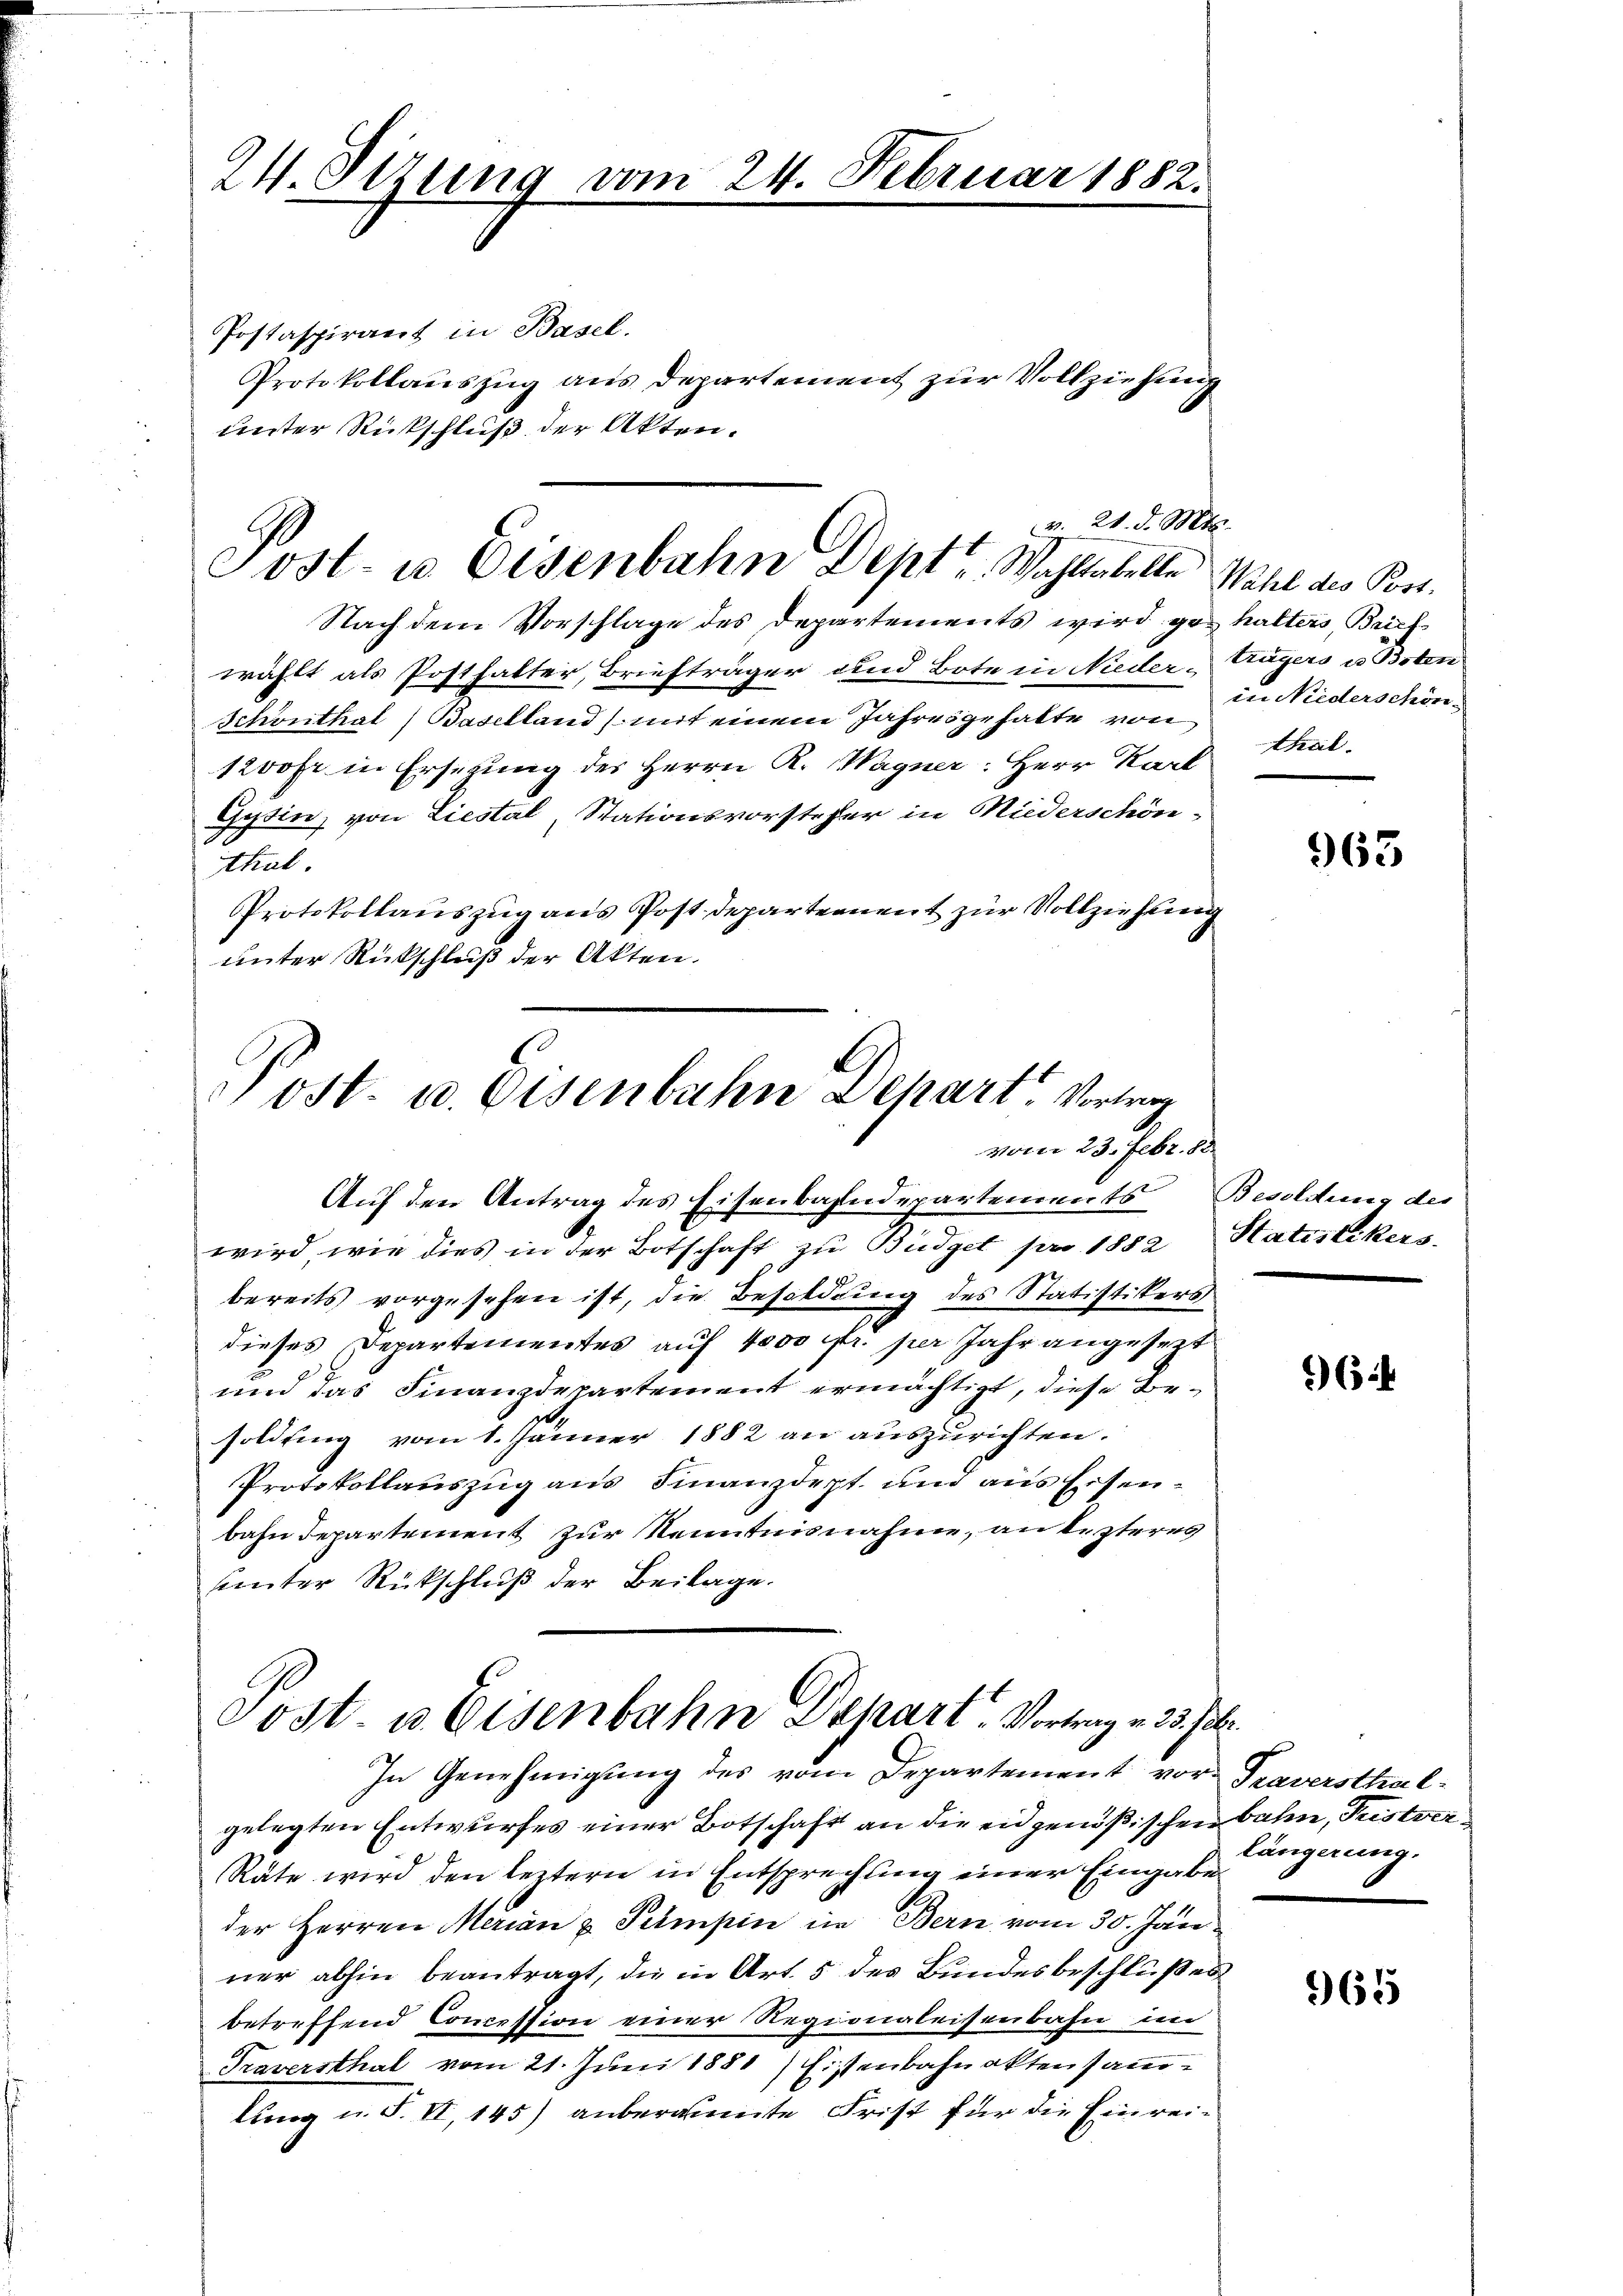
24. Sizung vom

Postaspiraert in Basel.
Protokollauszug aus Departement zur Vollziehung
unter Rückschluß der Akten.
v. 21. d. Mts.

24. Februar 1882.

Post- u Eisenbahn Dept v. Wahlestelle Wahl des Port.

Nach dem Vorschlage des Departements wird gehalters Brief
wählt als Posthalter, Briefträger und Bote in Nieder Zugers u. Boten
Schönthal) Baselland) mit einem Jahrröge hatte von
1200fr in Ersezung der Herrn K. Wagner: Herr Karl
Gysin, von Liestal, Stationsvorsteher in Miederschönthal.
Protokollauszug aus Postdepartement zur Vollziehung
unter Rückschluß der Akten.

Post. u. Eisenbahn Dehart. Vortrag
vom 23. Febr. 188

Auf den Antrag des Eisenbahndepartements Besoldung der
wird, wie dies in der Botschaft zu Budget pro 1882, Statistikers
bereits vorgesehen ist, die Besoldung des Statistikers
dieses Departementes auf 4000 fr. per Jahr angesezt
und das Finanzdepartement ermächtigt, diese Besoldung vom 1. Jänner 1882 an auszurichten.
Protokollauszug aus Finanzdept und aus Eisenbahn Departement zur Kenntnisnahme, an lezteres
seinter Rückschluß der Beilage.
Post u. Eisenbahn Depart Vortrag u. 33 f.
In Genehmigung des vom Departement vor Traversthalgelegten Entwurfes einer Botschaft an die eidgenößischen Bahn, Fristver¬
Räte wird den leztern in Entsprechung einer Eingabe
der Herren Merian u Pumpin in Bern vom 30. Jan.
ner abhin beantragt, die in Art. 5 des Bundesbeschlußes
betreffend Concession einer Regionaleisenbahn im
Traversthal vom 21. Juni 1881) Eisenbahnakten sammlung u. S. VI 145) anberamente Frist für die Einrei¬

in Niederschön.
theil.

963

66

längerung.

965